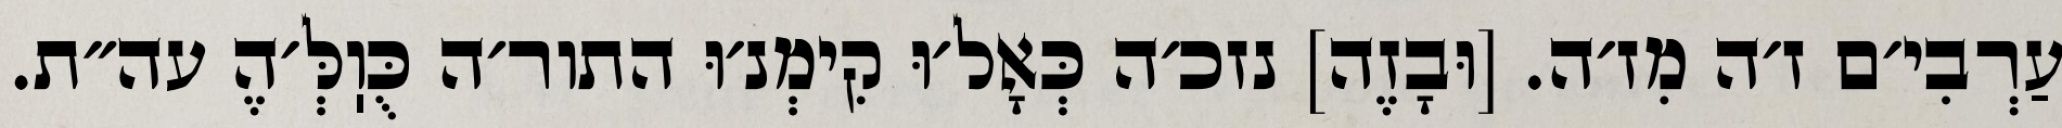
עַרְבִי׳ם ז׳ה מִז׳ה. [וּבָזֶה] נזכ׳ה כְּאָל׳וּ קִימְנ׳וּ התור׳ה כֻּוֽלְּ׳הֶ עה״ת.